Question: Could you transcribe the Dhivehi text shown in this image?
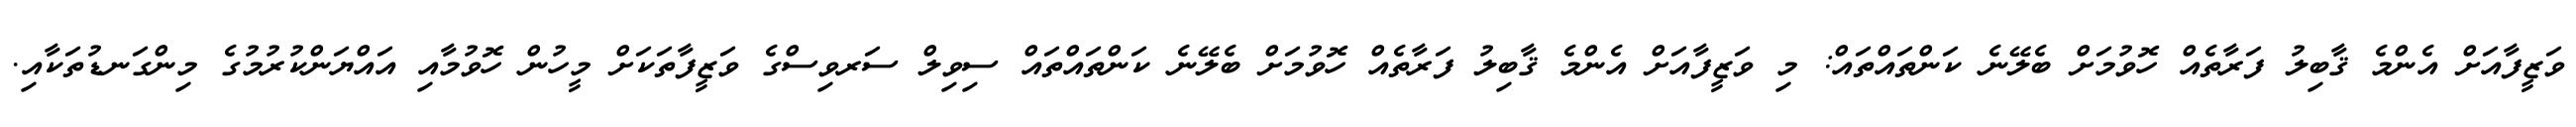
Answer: ވަޒީފާއަށް އެންމެ ޤާބިލު ފަރާތެއް ހޮވުމަށް ބެލޭނެ ކަންތައްތައް: މި ވަޒީފާއަށް އެންމެ ޤާބިލު ފަރާތެއް ހޮވުމަށް ބެލޭނެ ކަންތައްތައް ސިވިލް ސަރވިސްގެ ވަޒީފާތަކަށް މީހުން ހޮވުމާއި އައްޔަންކުރުމުގެ މިންގަނޑުތަކާއި.